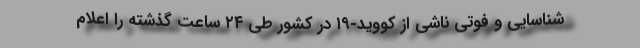
شناسایی و فوتی ناشی از کووید-۱۹ در کشور طی ۲۴ ساعت گذشته را اعلام